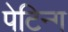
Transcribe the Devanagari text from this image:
पेटिन्ग